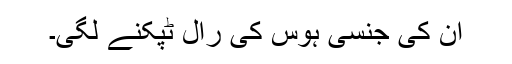
ان کی جنسی ہوس کی رال ٹپکنے لگی۔